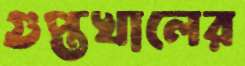
গুপ্তখালের